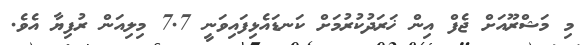
މި މަޝްރޫއަށް ޖެފް އިން ޚަރަދުކުރުމަށް ކަނޑައެޅިފައިވަނީ 7.7 މިލިއަން ރުފިޔާ އެވެ.